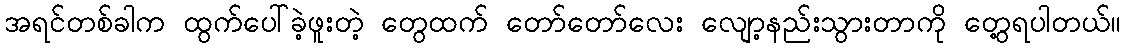
အရင်တစ်ခါက ထွက်ပေါ်ခဲ့ဖူးတဲ့ တွေထက် တော်တော်လေး လျော့နည်းသွားတာကို တွေ့ရပါတယ်။